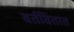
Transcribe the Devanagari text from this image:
वर्तवितात